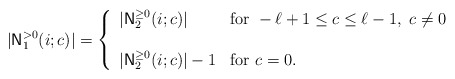
\begin{align*}|{\sf N}_1^{> 0}(i; c)| = \left\{\begin{array}{ll}|{\sf N}_2^{\geq 0}(i; c)| & {\rm for}\ -\ell+1\leq c\leq \ell-1, \ c\neq 0\\& \\ |{\sf N}_2^{\geq 0}(i; c)|-1 & {\rm for}\ c=0.\\\end{array} \right.\end{align*}